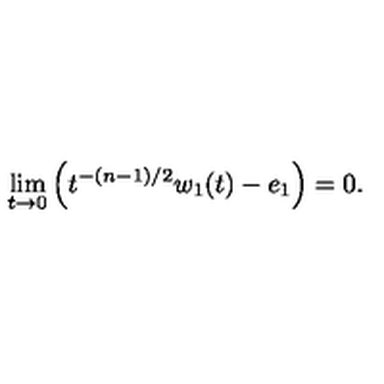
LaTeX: \lim _ { t \rightarrow 0 } \left( t ^ { - ( n - 1 ) / 2 } w _ { 1 } ( t ) - e _ { 1 } \right) = 0 .